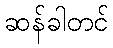
ဆန်ခါတင်